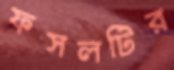
ফসলটির